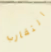
التقارب